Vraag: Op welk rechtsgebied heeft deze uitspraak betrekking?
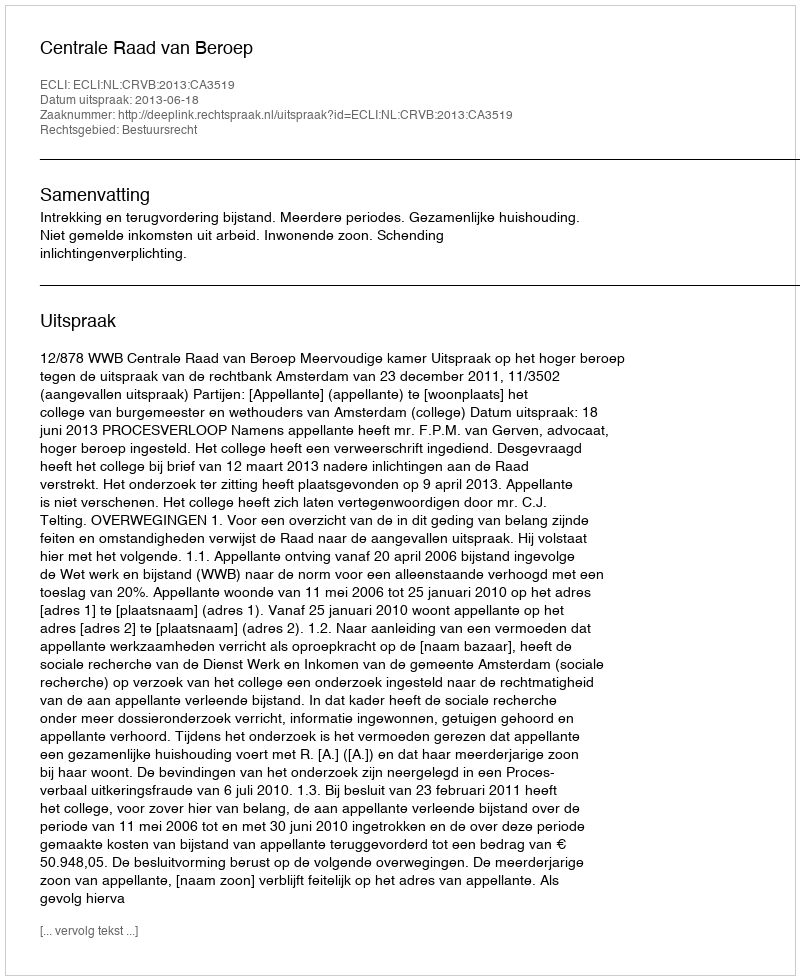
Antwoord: Bestuursrecht